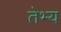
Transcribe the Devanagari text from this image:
तेभ्य